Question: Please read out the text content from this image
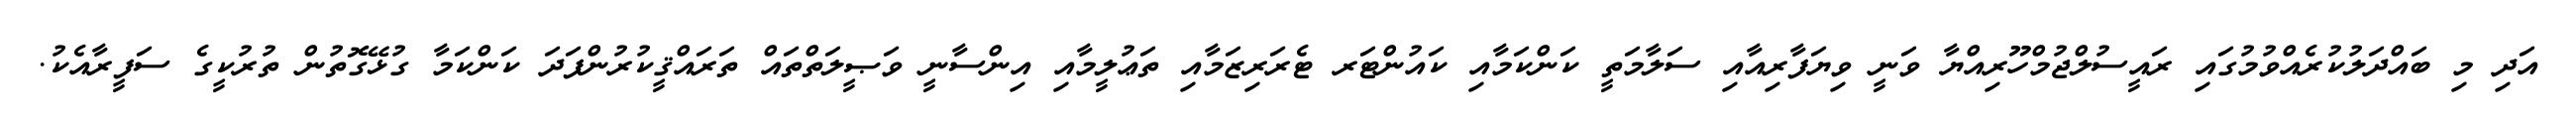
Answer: އަދި މި ބައްދަލުކުރެއްވުމުގައި ރައީސުލްޖުމްހޫރިއްޔާ ވަނީ ވިޔަފާރިއާއި ސަލާމަތީ ކަންކަމާއި ކައުންޓަރ ޓެރަރިޒަމާއި ތަޢުލީމާއި އިންސާނީ ވަޞީލަތްތައް ތަރައްޤީކުރުންފަދަ ކަންކަމާ ގުޅޭގޮތުން ތުރުކީގެ ސަފީރާއެކު.